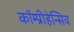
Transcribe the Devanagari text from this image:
कॉम्प्रीहेन्सिव